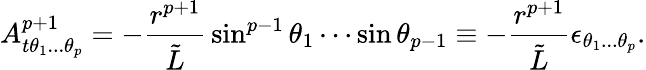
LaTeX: A_{t\theta_{1}...\theta_{p}}^{p+1}=-{\frac{r^{p+1}}{\tilde{L}}}\sin^{p-1}\theta_{1}\cdots\sin\theta_{p-1}\equiv-{\frac{r^{p+1}}{\tilde{L}}}\epsilon_{\theta_{1}...\theta_{p}}.